Civil Veterinary Dept. Bombay admin report 1914-1922 - 1914-1922
Year: 1914
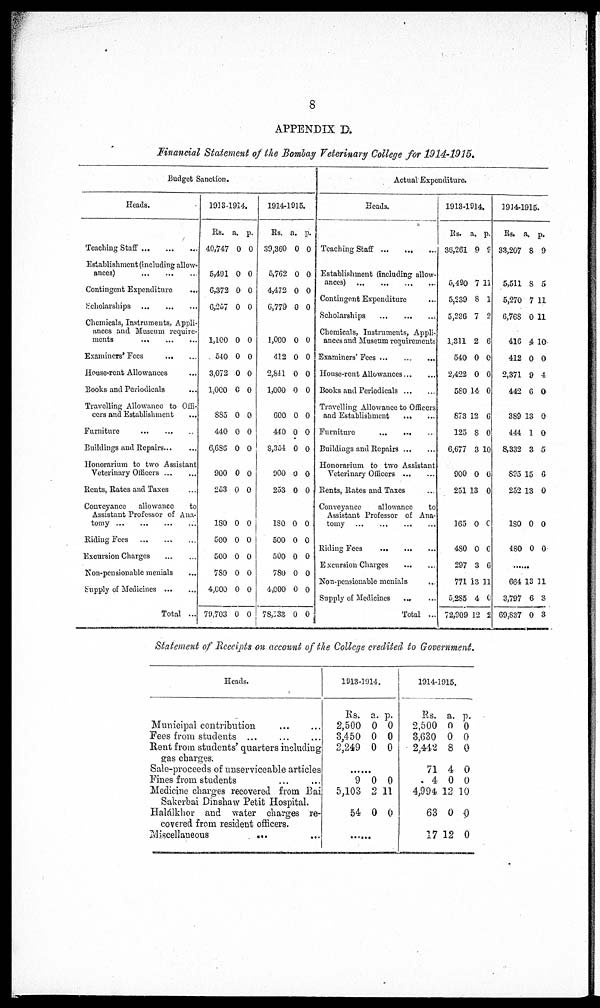
8
APPENDIX D.
Financial Statement of the Bombay Veterinary College for 1914-1915.
Budget Sanction.
Heads.
Teaching Staff
...
...
...
Establishment (including allow-
ances)
...
...
...
Contingent Expenditure ...
Scholarships
...
...
...
Chemicals, Instruments, Appli-
ances and Museum require-
ments
...
...
...
Examiners'Fees
...
...
House-rent Allowances ...
Books and Periodicals
Travelling Allowance to Offi-
cers and Establishment
Furniture
...
...
...
Buildings and Repairs ... ...
Honorarium to two Assistant
Veterinary Officers ... ...
Rents, Rates and Taxes ...
Conveyance allowance
to
Assistant Professor of Ana-
tomy
...
...
...
...
Riding Fees
...
...
...
Excursion Charges
...
...
Non-pensionable menials ...
Supply of Medicines ... ...
Total ...
1933-1914.
Rs.
40,747
5,491
6,372
6,257
1,100
540
3,072
1,000
885
440
6,686
900
253
130
500
500
780
4,600
79,703
a.
0
0
0
0
0
0
0
0
0
0
0
0
0
0
0
0
0
0
0
p.
0
0
0
0
0
0
0
0
0
0
0
0
0
0
0
0
0
0
0
1914-1915.
Rs.
39,360
5,762
4,472
6,779
1,000
412
2,841
1,000
600
440
8,354
900
253
180
500
500
780
4,000
78,133
a.
0
0
0
0
0
0
0
0
0
0
0
0
0
0
0
0
0
0
0
p.
0
0
0
0
0
0
0
0
0
0
0
0
0
0
0
0
0
0
0
Actual Expenditure
Heads.
Teaching Staff
...
...
...
Establishment (including allow-
ances)
...
...
...
...
Contingent Expenditure ...
Scholarships
...
...
...
Chemicals, Instruments, Appli-
ances and Museum requirements
Examiners'Fees ... ... ...
House-rent Allowances ... ...
Books and Periodicals ... ...
Travelling Allowance to Officers
and Establishment
...
...
Furniture
...
...
...
Buildings and Repairs ... ...
Honorarium to two Assistant
Veterinary Officers
...
...
Rents, Rates and Taxes ...
Conveyance
allowance
to
Assistant Professor of Ana-
tomy
...
...
...
...
Riding Fees
...
...
Excursion Charges
...
...
Non-pensionable menials ...
Supply of Medicines ... ...
Total ...
1913-1914.
Rs.
36,261
5,490
5,239
5,236
1,311
540
2,422
580
873
125
6,677
900
251
165
480
297
771
5,285
72,909
a.
9 9
7
8
7
2
0
0
14
12
8
3
0
13
0
0
3
13
4
12
p.
11
1
2
6
0
0
0
6
0
10
0
0
0
0
6
11
0
2
1914-1915.
Rs.
33,207
5,511
5,270
6,768
416
412
2,371
442
389
444
8,332
825
252
180
480
a.
8
8
7
0
4
0
9
6
13
1
3
15
13
0
0
p.
9
5
11
11
10
0
4
0
0
0
5
6
0
0
0
......
664
3,797
69,837
13
6
0
11
3
3
Statement of Receipts on account of the College credited to Government.
Heads.
Municipal contribution
...
...
Fees from students ... ... ...
Rent from students' quarters including
gas charges.
Sale-proceeds of unserviceable articles
Fines from students
Medicine charges recovered from Bai
Sakerbai Dinshaw Petit Hospital.
Halálkhor and water charges re-
covered from resident officers.
Miscellaneous
... ...
1913-1914.
Rs.
2,500
8,450
2,249
a.
0
0
0
p.
0
0
0
9
5,103
54
0
2
0
0
11
0
......
1914-1915.
Rs.
2,500
3,630
2,442
71
4
4,994
63
17
a.
0
0
8
4
0
12 1
0
12
p.
0
0
0
0
0
0
0
0